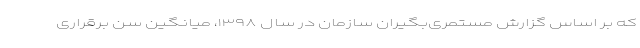
که بر اساس گزارش مستمری‌بگیران سازمان در سال ۱۳۹۸، میانگین سن برقراری